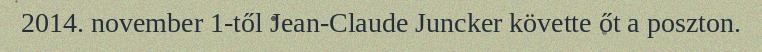
2014. november 1-től Jean-Claude Juncker követte őt a poszton.